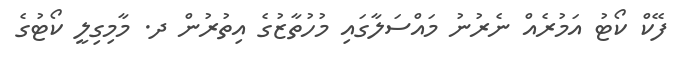
ފޭކް ކޯޓު އަމުރެއް ނެރުނު މައްސަލާގައި މުހުތާޒުގެ އިތުރުން ދ. މާމިގިލީ ކޯޓުގެ